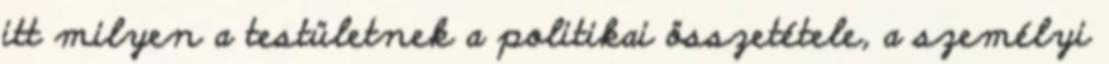
itt milyen a testületnek a politikai összetétele, a személyi